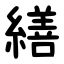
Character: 繕